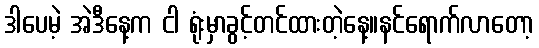
ဒါပေမဲ့ အဲဒီနေ့က ငါ ရုံးမှာခွင့်တင်ထားတဲ့နေ့။နင်ရောက်လာတော့